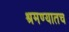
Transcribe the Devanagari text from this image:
श्रमण्यातच